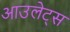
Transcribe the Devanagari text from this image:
आउलेट्स